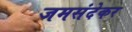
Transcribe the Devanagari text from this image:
जमसंदेकर